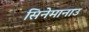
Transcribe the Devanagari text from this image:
सिनेमानाउ